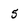
Character: 5